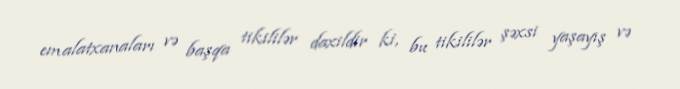
emalatxanaları və başqa tikililər daxildir ki, bu tikililər şəxsi yaşayış və